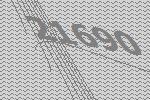
21690